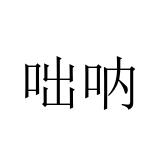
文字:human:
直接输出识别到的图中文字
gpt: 咄呐